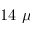
1 4 ~ \mu